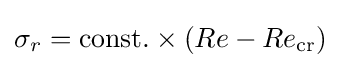
\sigma _{r}={\text{const}}.\times (Re-Re_{\mathrm {cr} })